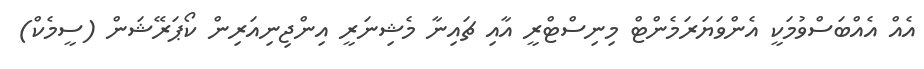
އެއް އެއްބަސްވުމަކީ އެންވަޔަރަމެންޓް މިނިސްޓްރީ އާއި ޗައިނާ މެޝިނަރީ އިންޖިނިއަރިން ކޯޕަރޭޝަން (ސީމެކް)